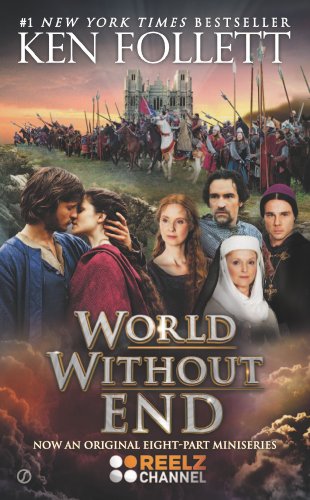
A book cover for World Without End; Ken Follett; Literature & Fiction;